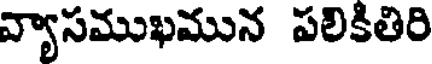
వ్యాసముఖమున పలికితిరి